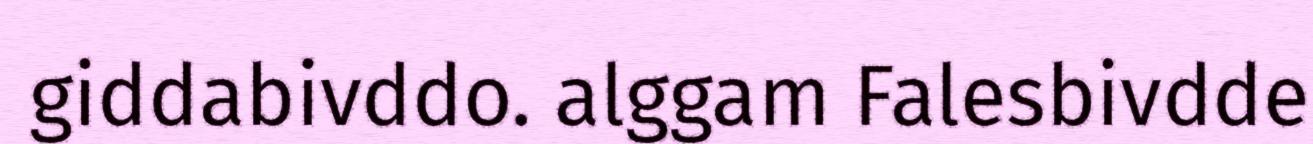
giddabivddo. alggam Falesbivdde